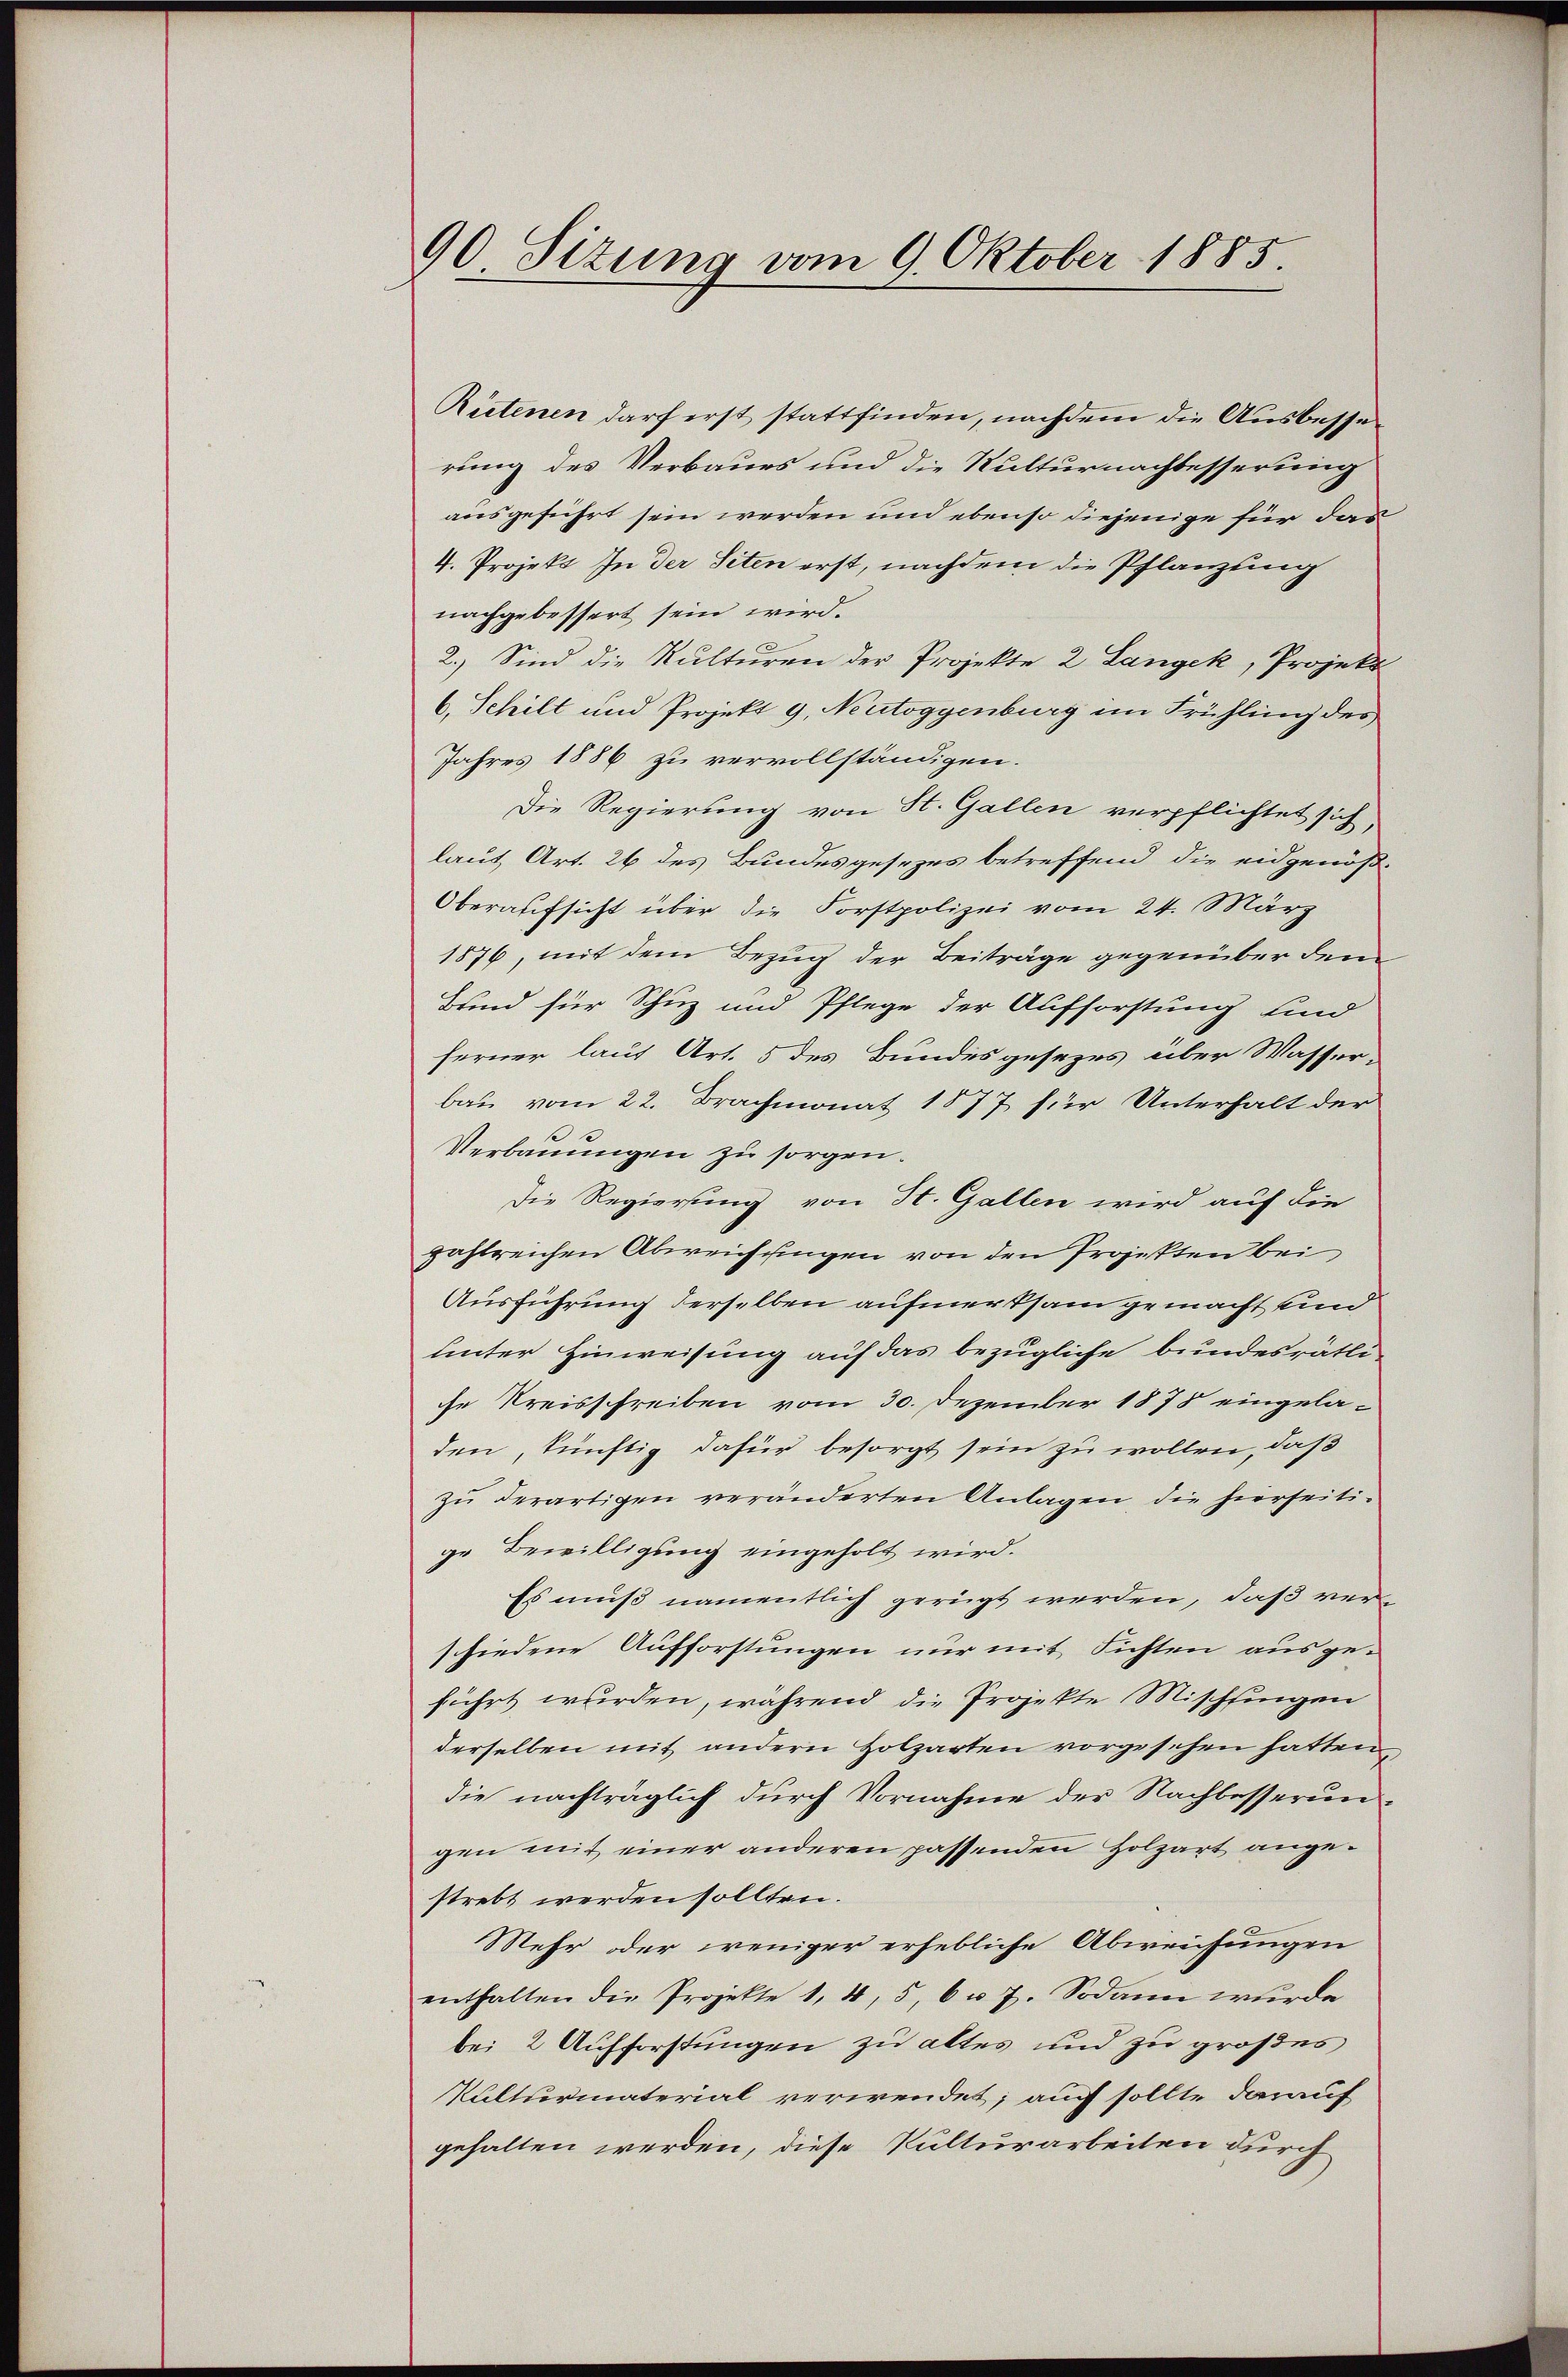
90. Sitzung vom 9. Oktober 1885.

Rietenen darf erst stattfinden, nachdem die Ausbesserung des Verbaues und die Kulturnachbesserung
ausgeführt sein werden und ebenso diejenige für das
4. Projekt. In der Siten erst, nachdem die Pflanzung
nachgebessert sein wird.
2.) Sind die Kulturen der Projekte 2 Langek, Projekt
6. Schilt und Projekt 9, Neutoggenburg im Frühling des
Jahres 1886 zu vervollständigen.
Die Regierung von St. Gallen verpflichtet sich
laut Art. 26 des Bundesgesezes betreffend die eidgenöß-
Oberaufsicht über die Forstpolizei vom 24. März
1876, mit dem Bezug der Beiträge gegenüber dem
Bund für Schuz und Pflege der Aufforstung und
ferner laut Art. 5 des Bundesgesezes über Wasser-
bau vom 22. Brachmonat 1877 für Unterhalt der
Verbauungen zu sorgen.
Die Regierung von St. Gallen wird auf die
zahlreichen Abweichungen von den Projekten bei
Ausführung derselben aufmerksam gemacht sind
unter Hinweisung auf das bezügliche bundesrätliche Kreisschreiben vom 30. Dezember 1878 eingeladen, künftig dafür besorgt sein zu wollen, daß
zu derartigen veränderten Anlagen, die hierseitige Bewilligung eingeholt wird.
Es muß namentlich gerügt werden, daß verschiedene Aufforstungen nur mit Sichten ausgeführt wurden, während die Projekte Mischfingen
derselben mit andern Holzarten vorgesehen hatten,
die nachträglich durch Vornahme der Nachbesserungen mit einer anderen passenden Holzart angestrebt werden sollten.
Mehr oder weniger erhebliche Abweichungen
enthalten die Projekte 1, 4, 5, 6 u. 7. Sodann wŭrde
bei 2 Aufforstungen zu altes und zu großes
Kulturmaterial verwendet; auch sollte darauf
gehalten werden, diese Kulturarbeiten durch